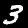
Label: 3